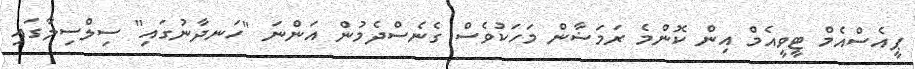
ޕީއެސްއެމް ޓީވީއެމް އިން ކޮންމެ ރަމަޟާން މަހަކުވެސް ގެނެސްދެމުން އަންނަ "ހަނދާނުގައި" ސިލްސިލާގައި